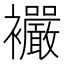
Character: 𧟓